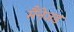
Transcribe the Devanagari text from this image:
मैंनेजड